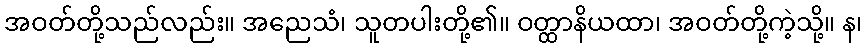
အဝတ်တို့သည်လည်း။ အညေသံ၊ သူတပါးတို့၏။ ဝတ္ထာနိယထာ၊ အဝတ်တို့ကဲ့သို့။ န၊